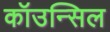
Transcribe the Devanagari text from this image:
कॉउन्सिल